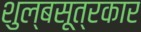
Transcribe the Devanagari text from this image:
शुल्बसूत्रकार